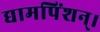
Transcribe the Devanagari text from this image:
द्यामपिंशन्।